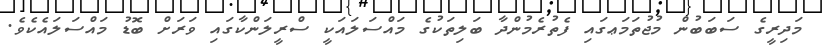
މަދިރީގެ ސަބަބުން މުޖުތަމަޢގައި ފެތުރެމުންދާ ބަލިތަކުގެ މައްސަލައަކީ ސްރީލަންކާގައި ވަރަށް ބޮޑު މައްސަލައެކެވެ.